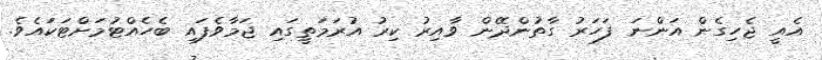
އެއީ ޖެހިގެން އަންނަ ފަހަރު ގާތުންދޭން ވާއިރު ކިރު އުރަމަތީގައި ޖަމާވެފައި ބެހެއްޓުމަށްޓަކައެވެ.